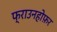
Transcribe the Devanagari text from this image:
फ्राउनहोफ़र